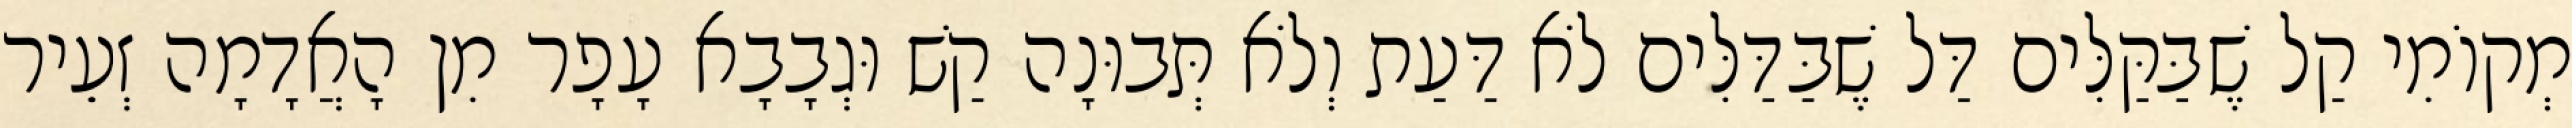
מְקוֹמִי קַל שֶׁבַּקַּלִּים דַּל שֶׁבַּדַּלִּים לֹא דַּעַת וְלֹא תְּבוּנָה קַשׁ וּגְבָבָא עָפָר מִן הָאֲדָמָה זְעֵיר